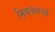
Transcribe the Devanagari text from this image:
मिश्रधातओं